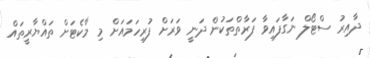
ދާއިރު ސްޓޯލް ނަގާފައިވާ ފަރާތްތަކުން ދަނީ ވަރަށް ފުރިހަމައަށް މި މާކެޓަށް ތައްޔާރީތައް